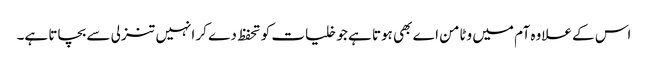
اس کے علاوہ آم میں وٹامن اے بھی ہوتا ہے جو خلیات کو تحفظ دے کر انہیں تنزلی سے بچاتا ہے۔